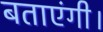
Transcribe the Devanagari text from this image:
बताएंगी।